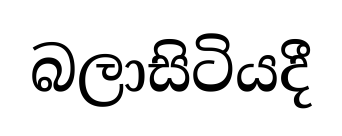
බලාසිටියදී